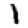
Digit: 1